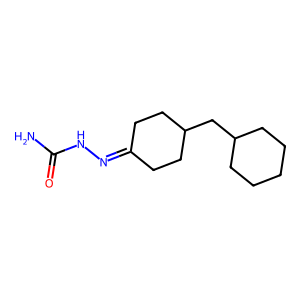
SMILES: NC(=O)NN=C1CCC(CC2CCCCC2)CC1
Inhibits HIV replication: No